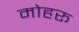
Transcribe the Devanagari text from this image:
मोहरू